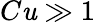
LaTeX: C\mathit{u}\gg1